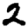
Digit: 2